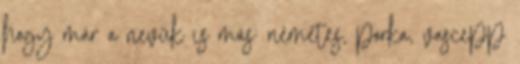
hogy már a nevük is más: németes, porka, vascepp